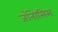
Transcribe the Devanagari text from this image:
जॉनोसिस